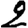
Digit: 2